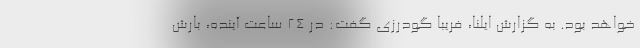
خواهد بود. به گزارش ایلنا، فریبا گودرزی گفت: در ۲۴ ساعت آینده، بارش